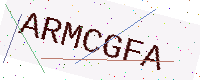
Text: ARMCGFA